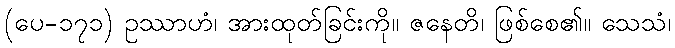
(ပေ-၁၇၁) ဥဿာဟံ၊ အားထုတ်ခြင်းကို။ ဇနေတိ၊ ဖြစ်စေ၏။ သေသံ၊